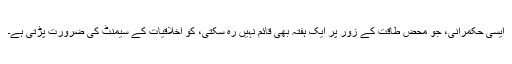
ایسی حکمرانی، جو محض طاقت کے زور پر ایک ہفتہ بھی قائم نہیں رہ سکتی، کو اخلاقیات کے سیمنٹ کی ضرورت پڑتی ہے۔